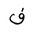
Letter: _fa